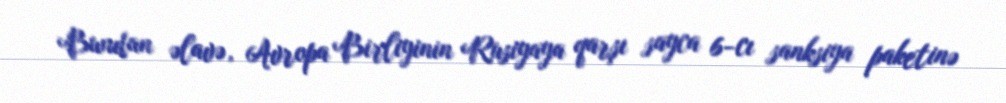
Bundan əlavə, Avropa Birliyinin Rusiyaya qarşı sayca 6-cı sanksiya paketinə